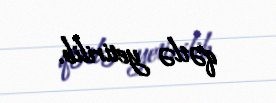
qətlə yetirilib.